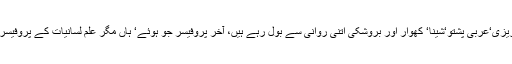
مجھے جلال صاحب کی زبان دانی پر رشک آیا‘ اردو ‘ انگریزی‘عربی پشتو‘شینا‘ کھوار اور بروشکی اتنی روانی سے بول رہے ہیں، آخر پروفیسر جو ہوئے‘ ہاں مگر علم لسانیات کے پروفیسر تو نہیں ہے بلکہ دینیات کے ہیںمگر پھر بھی اتنی مہارت۔